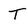
Character: T